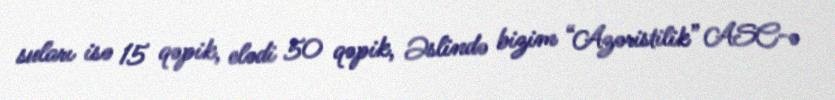
suları isə 15 qəpik, elədi 50 qəpik, Əslində bizim “Azəristilik” ASC-ə